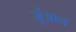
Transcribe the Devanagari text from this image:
जूंआन